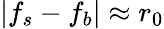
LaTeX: \left|f_{s}-f_{b}\right|\approx r_{0}